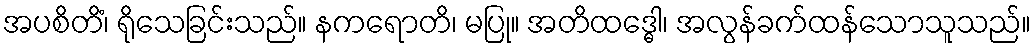
အပစိတိံ၊ ရိုသေခြင်းသည်။ နကရောတိ၊ မပြု။ အတိထဒ္ဓေါ၊ အလွန်ခက်ထန်သောသူသည်။